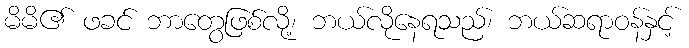
မိမိ၏ ဖခင် ဘာတွေဖြစ်လို့၊ ဘယ်လိုနေရသည်၊ ဘယ်ဆရာဝန်နှင့်